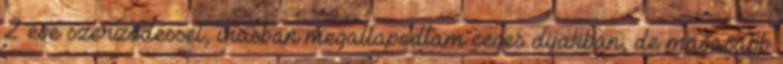
2 eve szerzodessel, irasban megallapodtam ceges dijakban, de magasabb